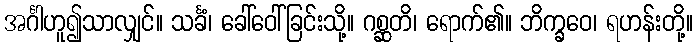
အင်္ဂါဟူ၍သာလျှင်။ သင်္ခံ၊ ခေါ်ဝေါ်ခြင်းသို့။ ဂစ္ဆတိ၊ ရောက်၏။ ဘိက္ခဝေ၊ ရဟန်းတို့။